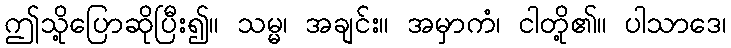
ဤသို့ပြောဆိုပြီး၍။ သမ္မ၊ အချင်း။ အမှာကံ၊ ငါတို့၏။ ပါသာဒေ၊